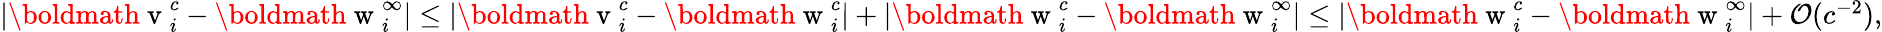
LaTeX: \begin{array}{r}{|\mathrm{\boldmath~v~}_{i}^{c}-\mathrm{\boldmath~w~}_{i}^{\infty}|\leq|\mathrm{\boldmath~v~}_{i}^{c}-\mathrm{\boldmath~w~}_{i}^{c}|+|\mathrm{\boldmath~w~}_{i}^{c}-\mathrm{\boldmath~w~}_{i}^{\infty}|\leq|\mathrm{\boldmath~w~}_{i}^{c}-\mathrm{\boldmath~w~}_{i}^{\infty}|+\mathcal{O}(c^{-2}),}\end{array}